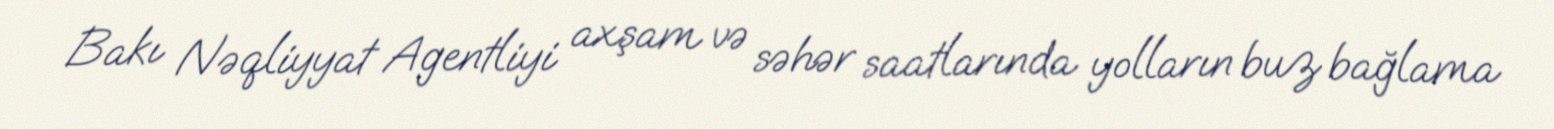
Bakı Nəqliyyat Agentliyi axşam və səhər saatlarında yolların buz bağlama